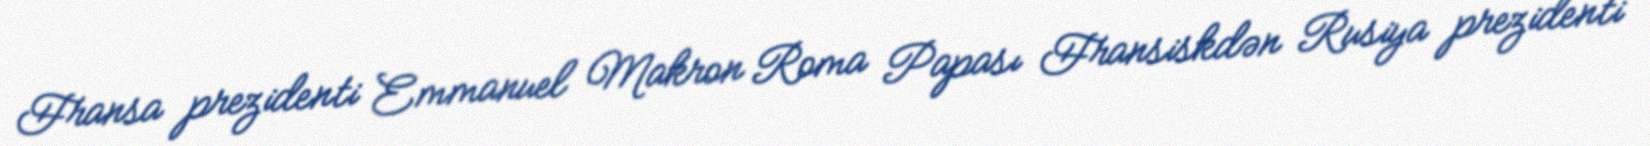
Fransa prezidenti Emmanuel Makron Roma Papası Fransiskdən Rusiya prezidenti